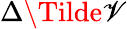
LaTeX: \Delta\Tilde{\mathscr{V}}